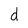
Character: d